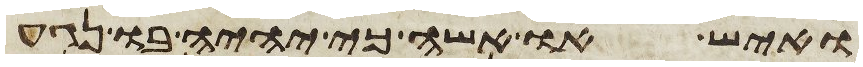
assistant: ואיש או אשה כי יהיה בו נגע